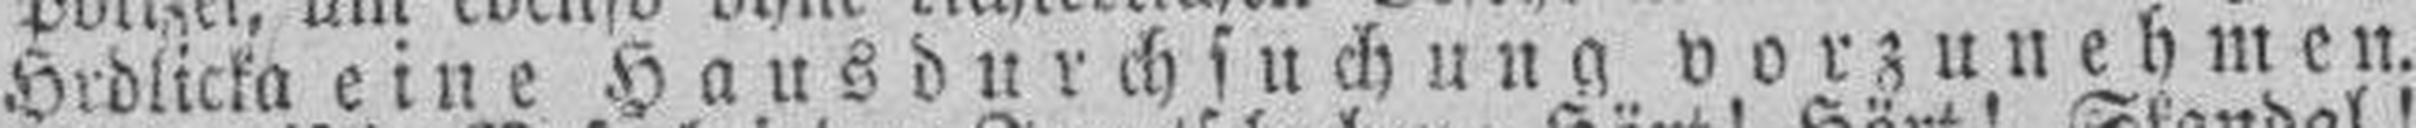
Hrdlicka eine Hausdurchsuchung vorzunehmen.